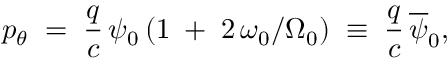
p _ { \theta } \; = \; \frac { q } { c } \, \psi _ { 0 } \left( 1 \; + \; 2 \, \omega _ { 0 } / \Omega _ { 0 } \right) \; \equiv \; \frac { q } { c } \, \overline { { \psi } } _ { 0 } ,